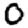
Digit: 0